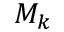
M _ { k }